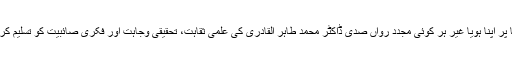
اسی بنا پر اپنا ہویا غیر ہر کوئی مجددِ رواں صدی ڈاکٹر محمد طاہر القادری کی علمی ثقاہت، تحقیقی وجاہت اور فکری صائبیت کو تسلیم کرتا ہے۔